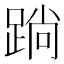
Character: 䠀